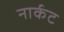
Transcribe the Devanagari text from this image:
नार्कट